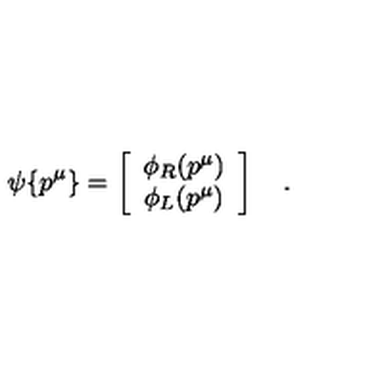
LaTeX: \psi \{ p ^ { \mu } \} = \left[ \begin{array} { c } { \phi _ { R } ( p ^ { \mu } ) } \\ { \phi _ { L } ( p ^ { \mu } ) } \\ \end{array} \right] \quad .